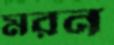
মরন